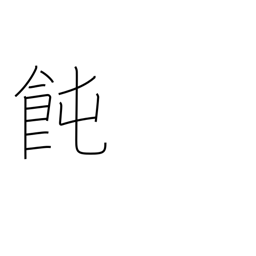
Meaning: Japanese noodles